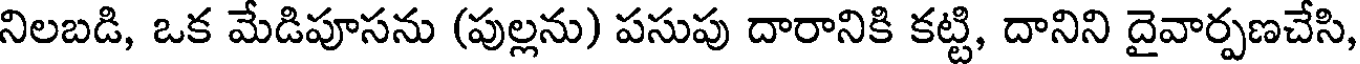
నిలబడి, ఒక మేడిపూసను (పుల్లను) పసుపు దారానికి కట్టి, దానిని దైవార్పణచేసి,